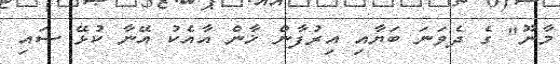
މާނޫ" ގެ ދެވަނަ ބަޔާއި އިރުފާން ޚާން އާއެކު އޭނާ ކުޅޭ ސައި